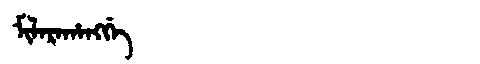
Manchu: ᠮᡳᠯᠠᡵᠠᡥᠠᠩᡤᡝ
Romanization: MILARAHANGGE